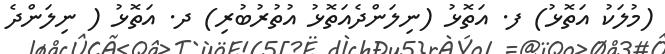
(މުލަކު އަތޮޅު) ފ. އަތޮޅު (ނިލަންދެއަތޮޅު އުތުރުބުރި) ދ. އަތޮޅު ( ނިލަންދެ